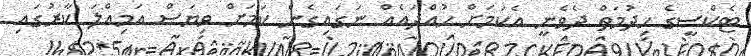
ޓެކްސީގެ ހިދުމަތް ދެވެނީ އެކަމަށް ހުއްދައެއް ނަގައިގެން ކަމަށް ވިޔަސް އަމިއްލަ ކާރުގައި